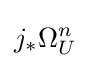
j_{*}\Omega _{U}^{n}